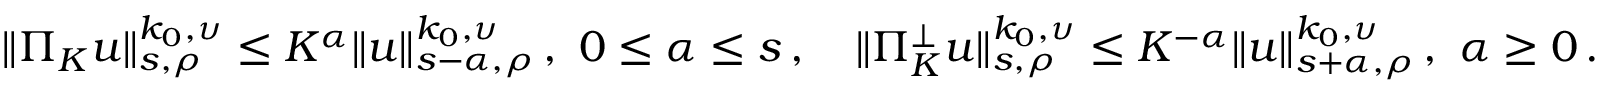
\| \Pi _ { K } u \| _ { s , \rho } ^ { k _ { 0 } , \upsilon } \leq K ^ { \alpha } \| u \| _ { s - \alpha , \rho } ^ { k _ { 0 } , \upsilon } \, , \ 0 \leq \alpha \leq s \, , \quad \| \Pi _ { K } ^ { \perp } u \| _ { s , \rho } ^ { k _ { 0 } , \upsilon } \leq K ^ { - \alpha } \| u \| _ { s + \alpha , \rho } ^ { k _ { 0 } , \upsilon } \, , \ \alpha \geq 0 \, .